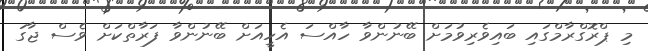
މި ޕްރޮގްރާމްގައި ބައިވެރިވުމަށް ބޭނުންވާ ހާއްސަ އެހީއަށް ބޭނުންވާ ފަރާތްކަށް ވެސް ޖާގަ